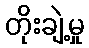
တိုးချဲ့မှု